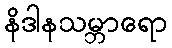
နိဒါနသမ္ဘာရော